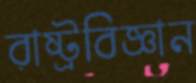
রাষ্ট্রবিজ্ঞান